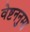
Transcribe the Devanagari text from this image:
वेष्टननुमा